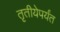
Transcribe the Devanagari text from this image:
तृतीयेपर्यंत